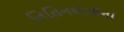
નિતિનભાઈના